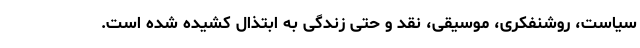
سیاست، روشنفکری، موسیقی، نقد و حتی زندگی به ابتذال کشیده شده است.